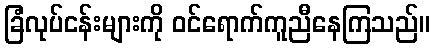
ခြံလုပ်ငန်းများကို ဝင်ရောက်ကူညီနေကြသည်။